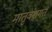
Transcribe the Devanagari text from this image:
मातृवंशगत